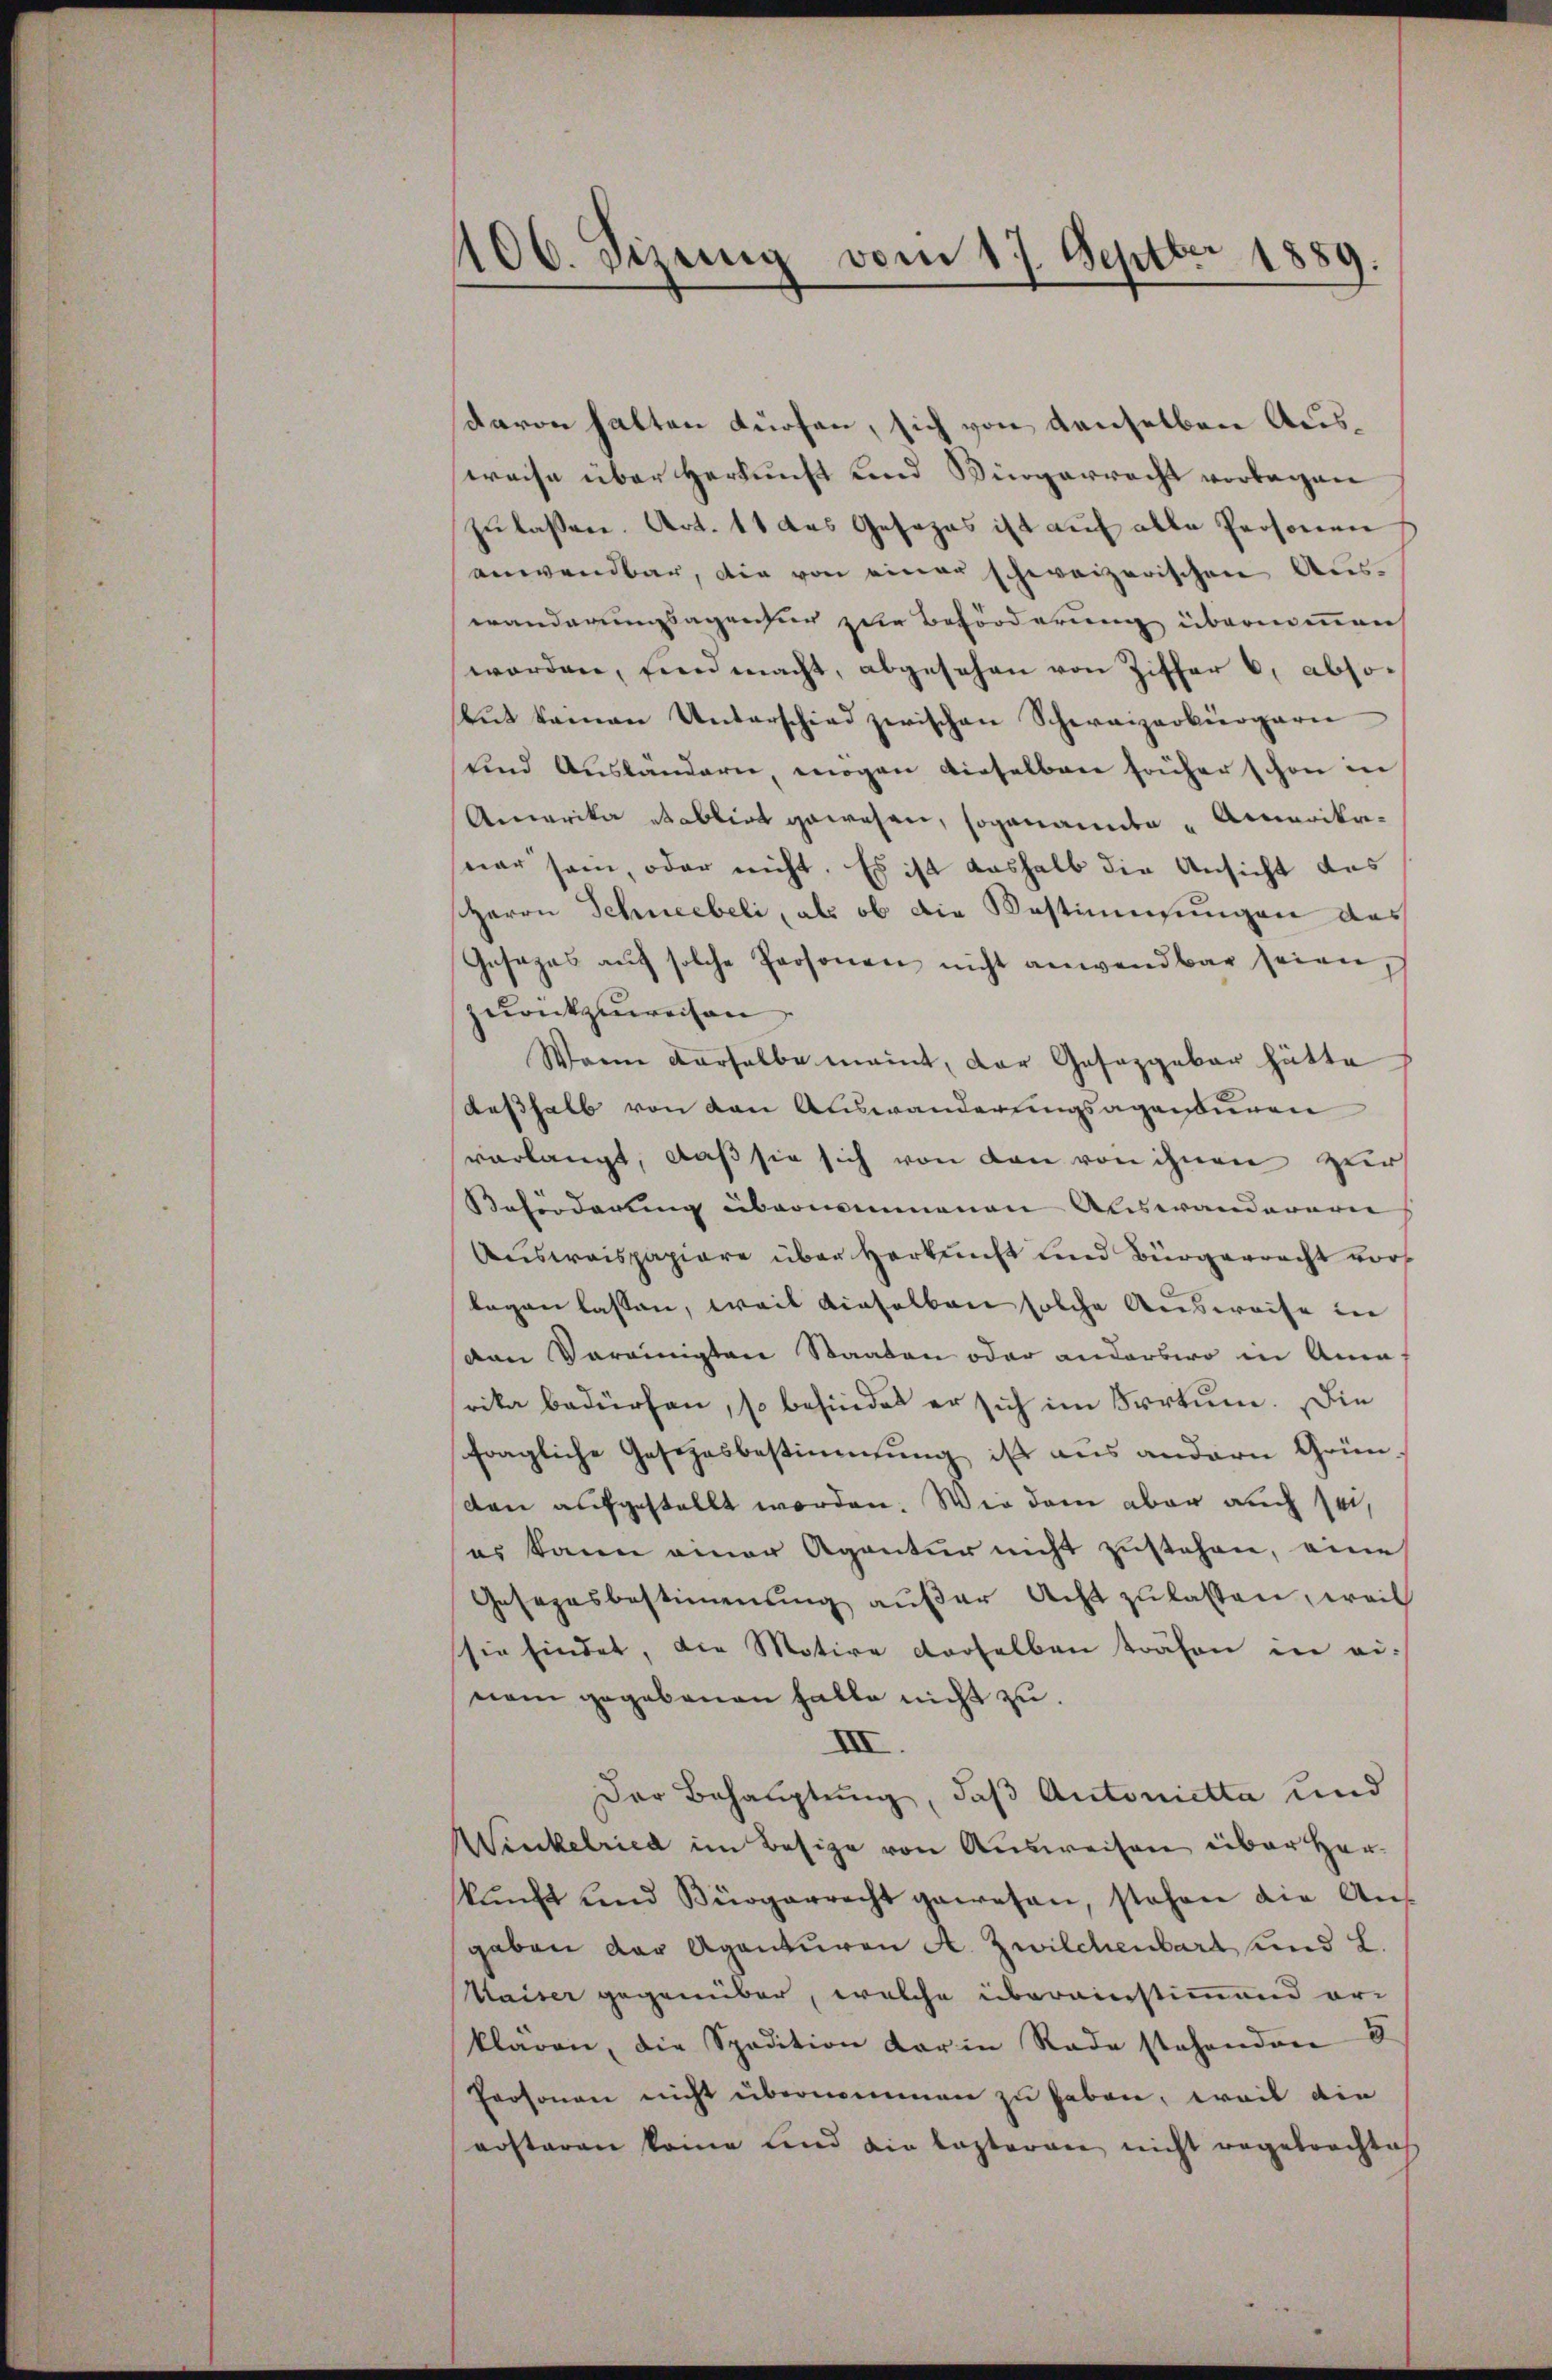
406. Sizung vom 17. Septbr. 1889
.

davon hatten dürfen, sich von denselben Ausweise über Herkunft und Bürgerrecht vorlagen
zulassen. Art. 11 das Gesezes ist auf alle Personen
anwendbar, die von einer schweizerischen Auswanderungsagentur zur Beförderung übernimmen
worden, sind macht, abgesehen von Ziffer 6. abso-
tŭt keinen Unterschied zwischen Schweizerbürgern
und Auslandern, mögen dieselbar früher schon die
Amerika etablirt gewesen, sogananden Amerikanar sein, oder nicht. Es ist aushalb die Ansicht des
sherrn Schneebeli, als ob die Bestimmungen das
Gesages aŭf solche Personen nicht anwendbar seien,
Krückzuweisen
Wann derselbe meint, der Gesetzgebar hätte
deßhalb von den Auswanderungsapassuren
verlangt, daß sie sich von den von ihnen zur
Beförderung übernommenen Auswandererei
Ausweispapiere über Herkunft und Bürgerrecht vor
legen lassen, weil dieselben solche Ausweise in
van Vereinigten Staaten oder anderswo in Anna
rika bedürfen, so befindet er sich im Irrtum. Die
fragliche Gesetzesbestimmung ist aus andern Grün-
den aufgestellt worden. Wie dem aber auch sei,
es kann einer Agentur nicht zustehen, eine
Gesezesbestimmung außer Acht zu lassen, weil
sie findet, die Motive derselben träfen in ei-
nem gegebenen Falle nicht zu.
XII.
Der Behauptung, daß Antonietta und
Winkelried im Besize von Ausweisen über Herkŭnft und Bürgerrecht gewesen, stehen die An-
gaben der Agenturen A. Zwilchenbart und L.
Maiser gegenüber, welche übereinstimmend erklären, die Spedition der in Rade stehenden 5
Personen nicht übernommen zu haben, weil die
erstaren könne und die lezteren nicht angebrachtes